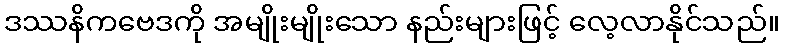
ဒဿနိကဗေဒကို အမျိုးမျိုးသော နည်းများဖြင့် လေ့လာနိုင်သည်။